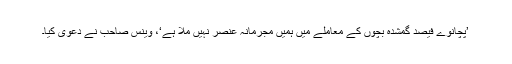
’پچانوے فیصد گمشدہ بچوں کے معاملے میں ہمیں مجرمانہ عنصر نہیں ملا ہے‘، وینس صاحب نے دعوی کیا۔